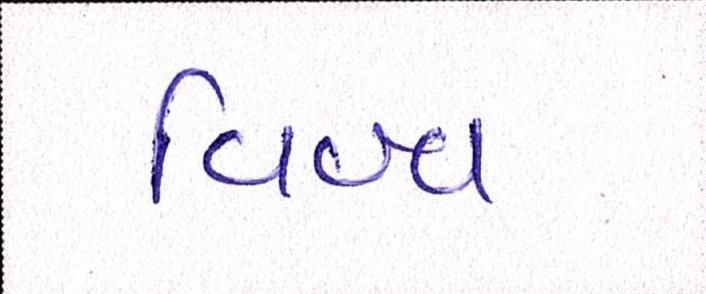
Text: વિશ્વ